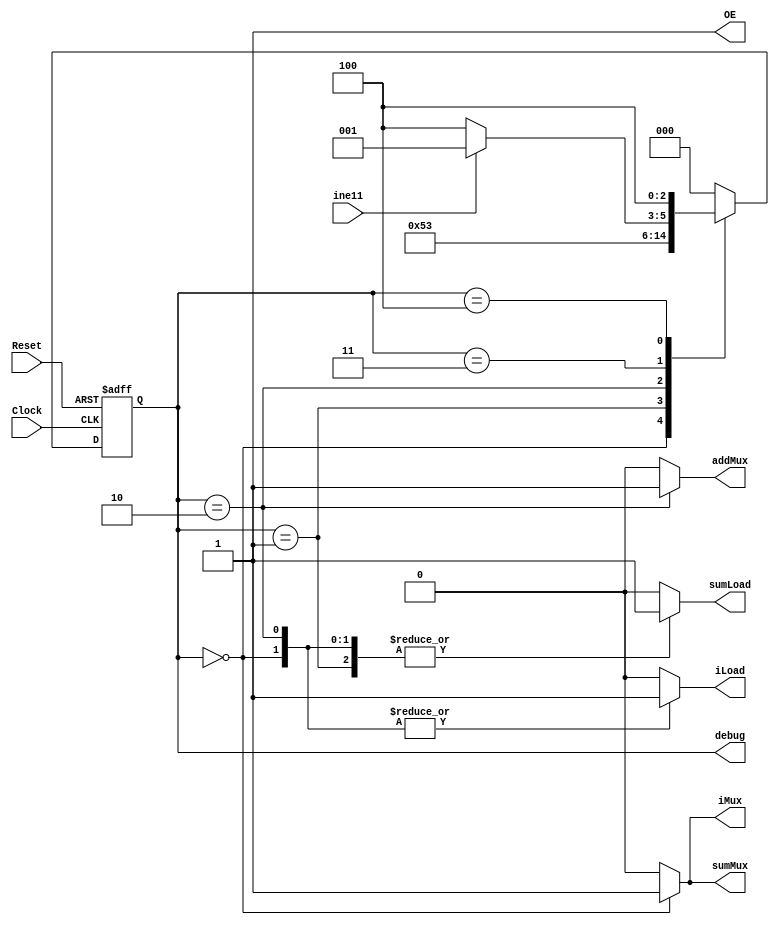
`timescale 1ns / 1ps
//////////////////////////////////////////////////////////////////////////////////
// Company: 
// Engineer: 
// 
// Design Name: 
// Module Name: datapath_module
// Project Name: 
// Target Devices: 
// Tool Versions: 
// Description: 
// 
// Dependencies: 
// 
// Revision:
// Revision 0.01 - File Created
// Additional Comments:
// 
//////////////////////////////////////////////////////////////////////////////////


module controlunit_module(
    input Clock, Reset,
    output reg iMux, sumMux, sumLoad, iLoad, addMux, OE,
    input ine11,
    output [2:0] debug
    );
    
parameter s0 = 0, s1 = 1, s2 = 2, s3 = 3, s4 = 4;

reg [2:0] state;
assign debug = state;

always @ (posedge Clock or posedge Reset) begin
    if (Reset == 1) begin
        state <= s0;
        end
    else begin
        case (state)
            s0: begin
                state <= s1;
                end
            s1: begin
                state <= s2;
                end
            s2: begin
                state <= s3;
                end
            s3: begin
                if(ine11 == 1)
                    state <= s1;
                else
                    state <= s4;
                end
            s4: begin
                    state <= s4;
                end
            default: begin
                state <= s0;
                end
            endcase           
        end
end

always @ (state) begin
    case (state)
        s0 : begin
            iMux = 1;
            sumMux = 1;
            sumLoad = 1;
            iLoad = 1;
            addMux = 0;
            OE = 1;
            end
       s1 : begin
            iMux = 0;
            sumMux = 0;
            sumLoad = 1;
            iLoad = 0;
            addMux = 0;
            OE = 1;
            end
       s2 : begin
            iMux = 0;
            sumMux = 0;
            sumLoad = 1;
            iLoad = 1;
            addMux = 1;
            OE = 1;
            end
        s3 : begin
            iMux = 0;
            sumMux = 0;
            sumLoad = 0;
            iLoad = 0;
            addMux = 0;
            OE = 1;
            end
        s4 : begin
            iMux = 0;
            sumMux = 0;
            sumLoad = 0;
            iLoad = 0;
            addMux = 0;
            OE = 1;
            end
        default : begin
            iMux = 0;
            sumMux = 0;
            sumLoad = 0;
            iLoad = 0;
            addMux = 0;
            OE = 1;
            end
    endcase
end        
endmodule